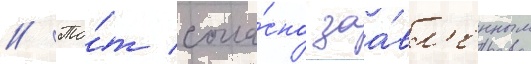
// То́т согла́сно заа́вл'енным